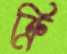
ক্রি